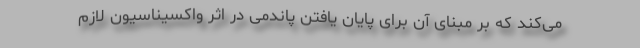
می‌کند که بر مبنای آن برای پایان یافتن پاندمی در اثر واکسیناسیون لازم